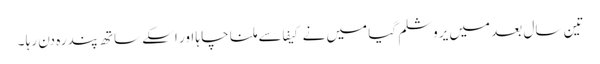
تین سال بعد میں یروشلم گیا میں نے کیفا سے ملنا چا ہا اور اسکے ساتھ پندرہ دن رہا ۔